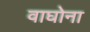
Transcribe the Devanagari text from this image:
वाघोना